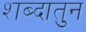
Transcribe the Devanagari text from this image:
शब्दातुन